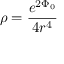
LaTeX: \rho = \frac { e ^ { 2 \Phi _ { 0 } } } { 4 r ^ { 4 } }